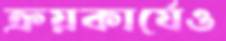
ক্রয়কার্যেও